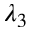
\lambda _ { 3 }